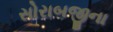
સોરાબજીના